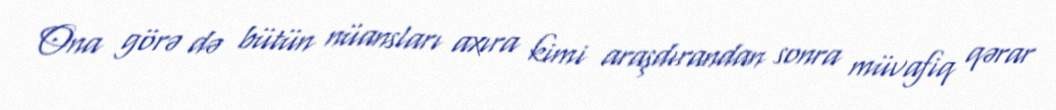
Ona görə də bütün nüansları axıra kimi araşdırandan sonra müvafiq qərar